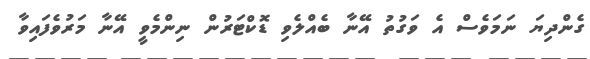
ގެންދިޔަ ނަމަވެސް އެ ވަގުތު އޭނާ ބެއްލެވި ޑޮކްޓަރުން ނިންމެވީ އޭނާ މަރުވެފައިވާ